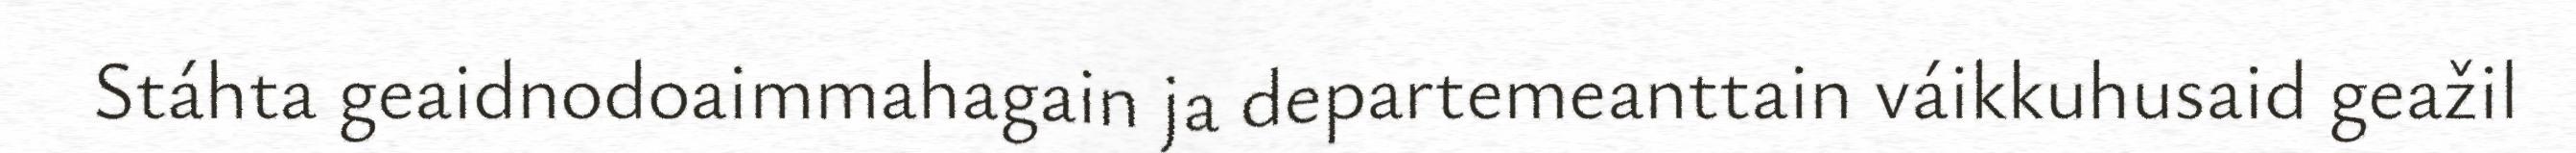
Stáhta geaidnodoaimmahagain ja departemeanttain váikkuhusaid geažil